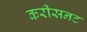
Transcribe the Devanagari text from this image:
करीसनट